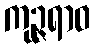
ကုဉ္ဇရာဝ